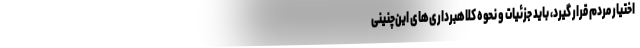
اختیار مردم قرار گیرد، باید جزئیات و نحوه کلاهبرداری‌های این‌چنینی